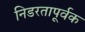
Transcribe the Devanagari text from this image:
निडरतापूर्वक